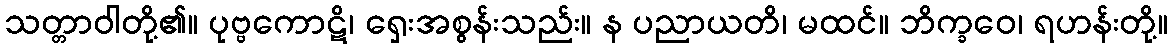
သတ္တာဝါတို့၏။ ပုဗ္ဗကောဋိ၊ ရှေးအစွန်းသည်း။ န ပညာယတိ၊ မထင်။ ဘိက္ခဝေ၊ ရဟန်းတို့။